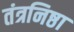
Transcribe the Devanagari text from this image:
तंत्रनिष्ठा